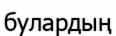
булардың